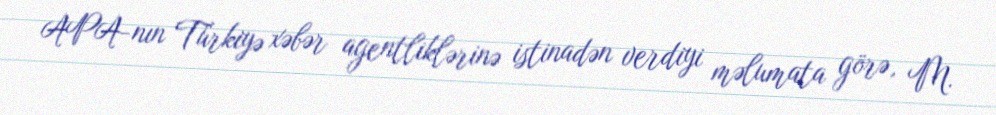
APA-nın Türkiyə xəbər agentliklərinə istinadən verdiyi məlumata görə, M.